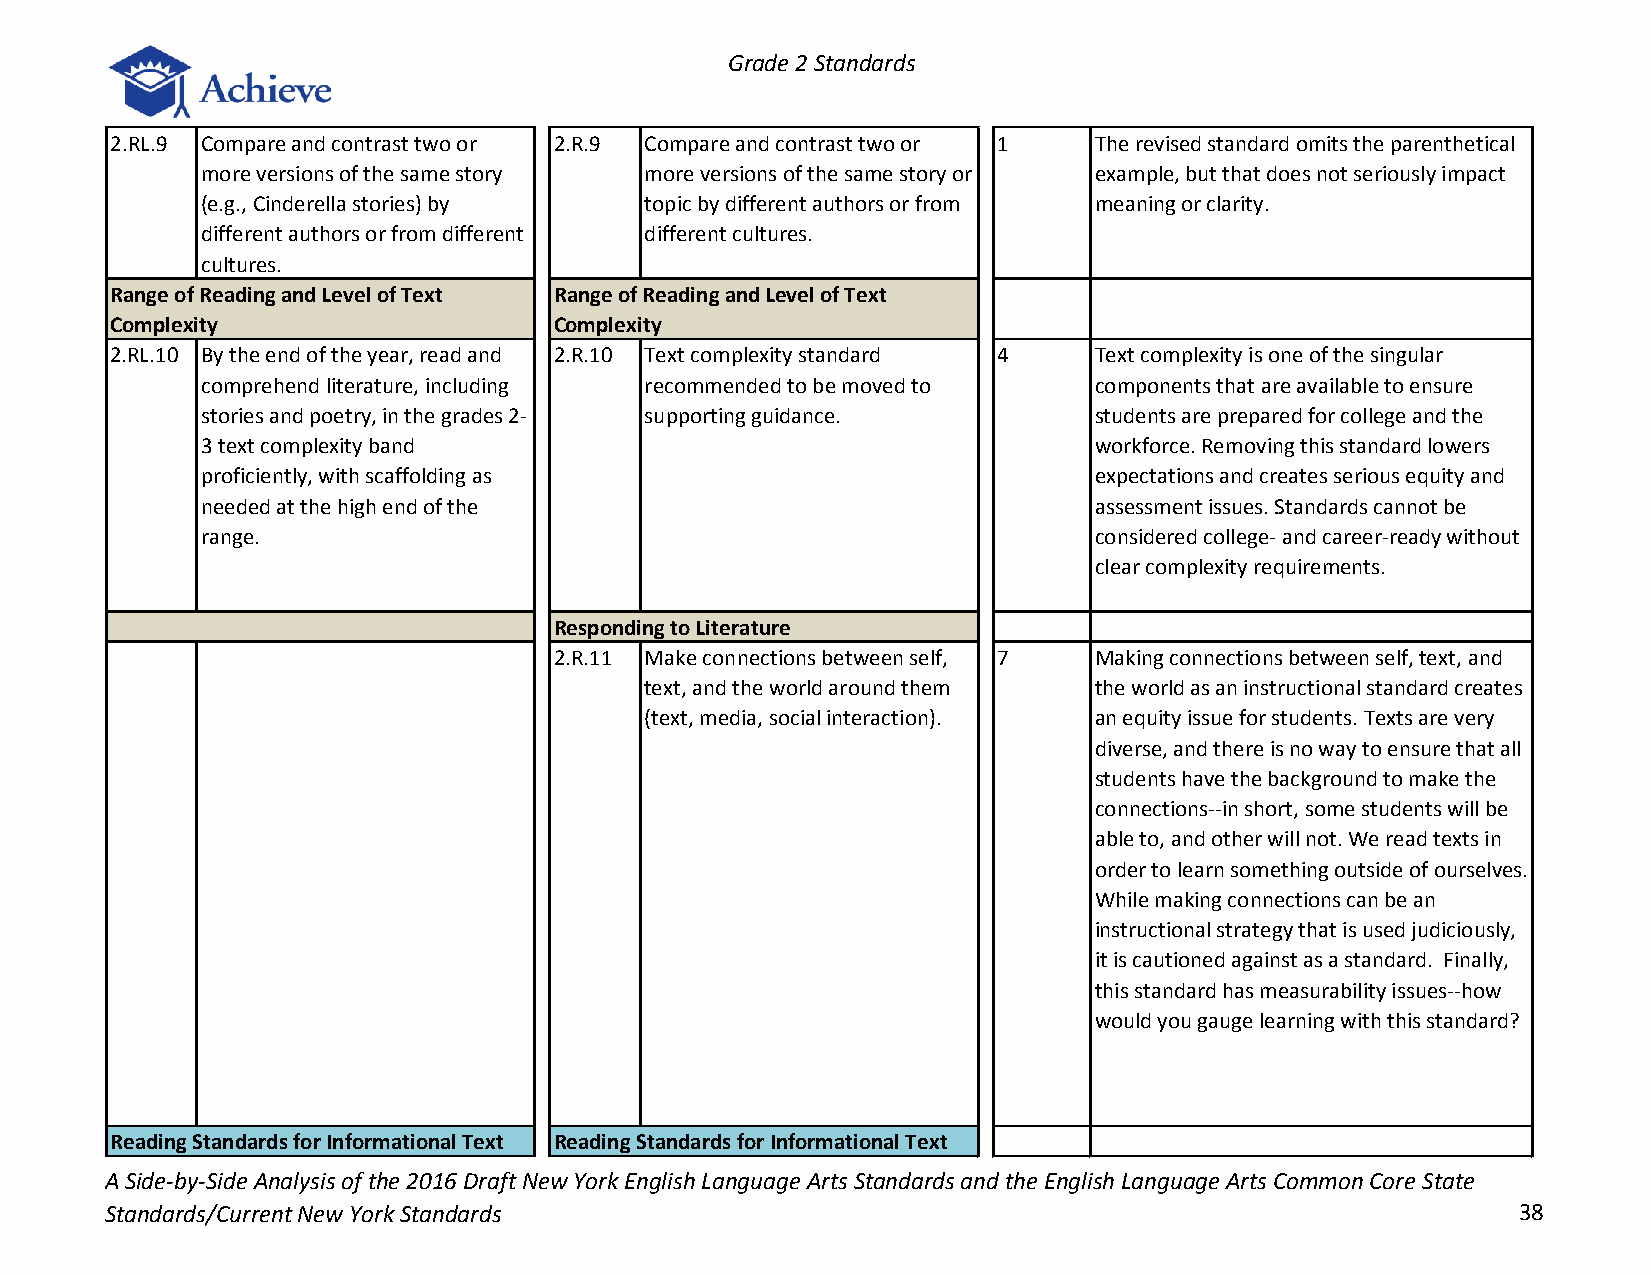
Grade 2 Standards
 2.RL.9 Compare and contrast two or 2.R.9 Compare and contrast two or 1 The revised standard omits the parenthetical
 more versions of the same story more versions of the same story or example, but that does not seriously impact
 (e.g., Cinderella stories) by topic by different authors or from meaning or clarity.
 different authors or from different different cultures.
 cultures.
 Range of Reading and Level of Text Range of Reading and Level of Text
 Complexity                    Complexity
 2.RL.10 By the end of the year, read and 2.R.10 Text complexity standard 4 Text complexity is one of the singular
 comprehend literature, including recommended to be moved to components that are available to ensure
 stories and poetry, in the grades 2- supporting guidance.  students are prepared for college and the
 3 text complexity band                                     workforce. Removing this standard lowers
 proficiently, with scaffolding as                          expectations and creates serious equity and
 needed at the high end of the                              assessment issues. Standards cannot be
 range.                                                     considered college- and career-ready without
 clear complexity requirements.
 Responding to Literature
 2.R.11 Make connections between self, 7 Making connections between self, text, and
 text, and the world around them the world as an instructional standard creates
 (text, media, social interaction). an equity issue for students. Texts are very
 diverse, and there is no way to ensure that all
 students have the background to make the
 connections--in short, some students will be
 able to, and other will not. We read texts in
 order to learn something outside of ourselves.
 While making connections can be an
 instructional strategy that is used judiciously,
 it is cautioned against as a standard. Finally,
 this standard has measurability issues--how
 would you gauge learning with this standard?
 Reading Standards for Informational Text Reading Standards for Informational Text
 A Side-by-Side Analysis of the 2016 Draft New York English Language Arts Standards and the English Language Arts Common Core State
 Standards/Current New York Standards                                                         38